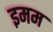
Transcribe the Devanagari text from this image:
इमम